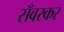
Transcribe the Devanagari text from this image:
सँवरकर